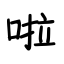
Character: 啦